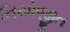
નિયોજીત